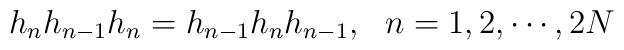
h_nh_{n-1}h_n=h_{n-1}h_nh_{n-1},~~n=1,2,\cdots,2N